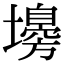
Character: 𡒳